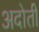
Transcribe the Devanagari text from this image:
अदोती